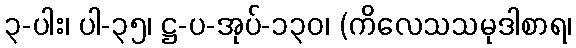
၃-ပါး၊ ပါ-၃၅၊ ဋ္ဌ-ပ-အုပ်-၁၃၀၊ (ကိလေသသမုဒါစာရ၊